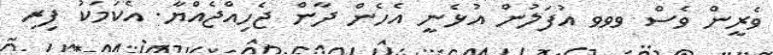
ވެރީން ވެސް ވވވ އުފަލުން އުޅެނީ އެހެން ދާން ޖެހިއްޖެއްޔާ. އެކަމަކު ފިރި